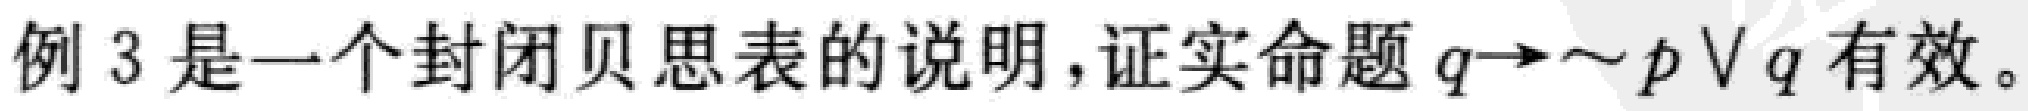
例3是一个封闭贝思表的说明,证实命题$q\rightarrow\sim p\vee q$有效。